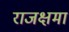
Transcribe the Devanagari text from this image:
राजक्षमा